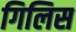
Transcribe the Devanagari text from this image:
गिलिस